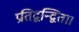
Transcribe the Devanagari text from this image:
प्रतिद्वन्द्विता।